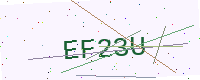
Text: EF23U